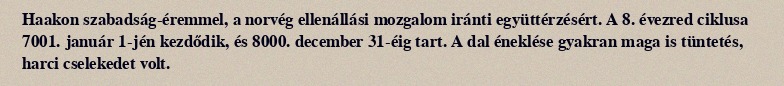
Haakon szabadság-éremmel, a norvég ellenállási mozgalom iránti együttérzésért. A 8. évezred ciklusa 7001. január 1-jén kezdődik, és 8000. december 31-éig tart. A dal éneklése gyakran maga is tüntetés, harci cselekedet volt.